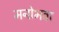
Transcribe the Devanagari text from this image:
मनोभवा